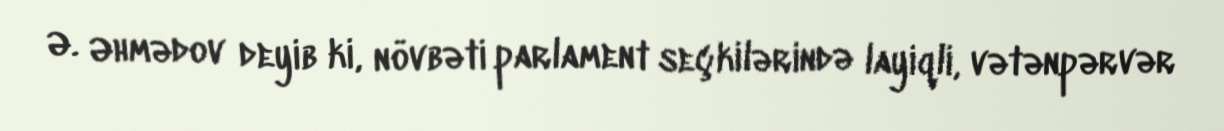
Ə. Əhmədov deyib ki, növbəti parlament seçkilərində layiqli, vətənpərvər